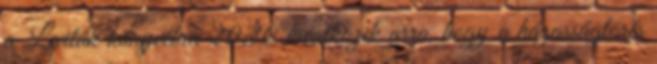
a Leviták könyvében 20:10 hivatkozik arra, hogy a házasságtörés